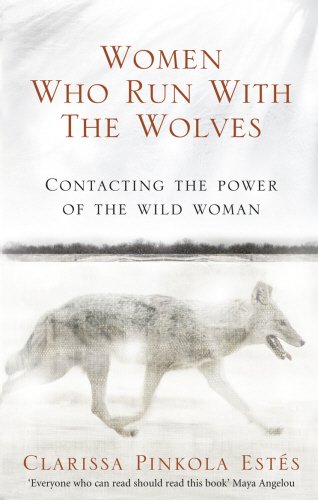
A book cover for Women Who Run with the Wolves: Contacting the Power of the Wild Woman; Clarissa Pinkola Estes; Parenting & Relationships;